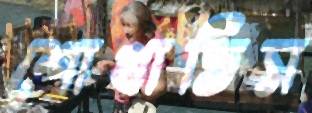
শোখাতিস